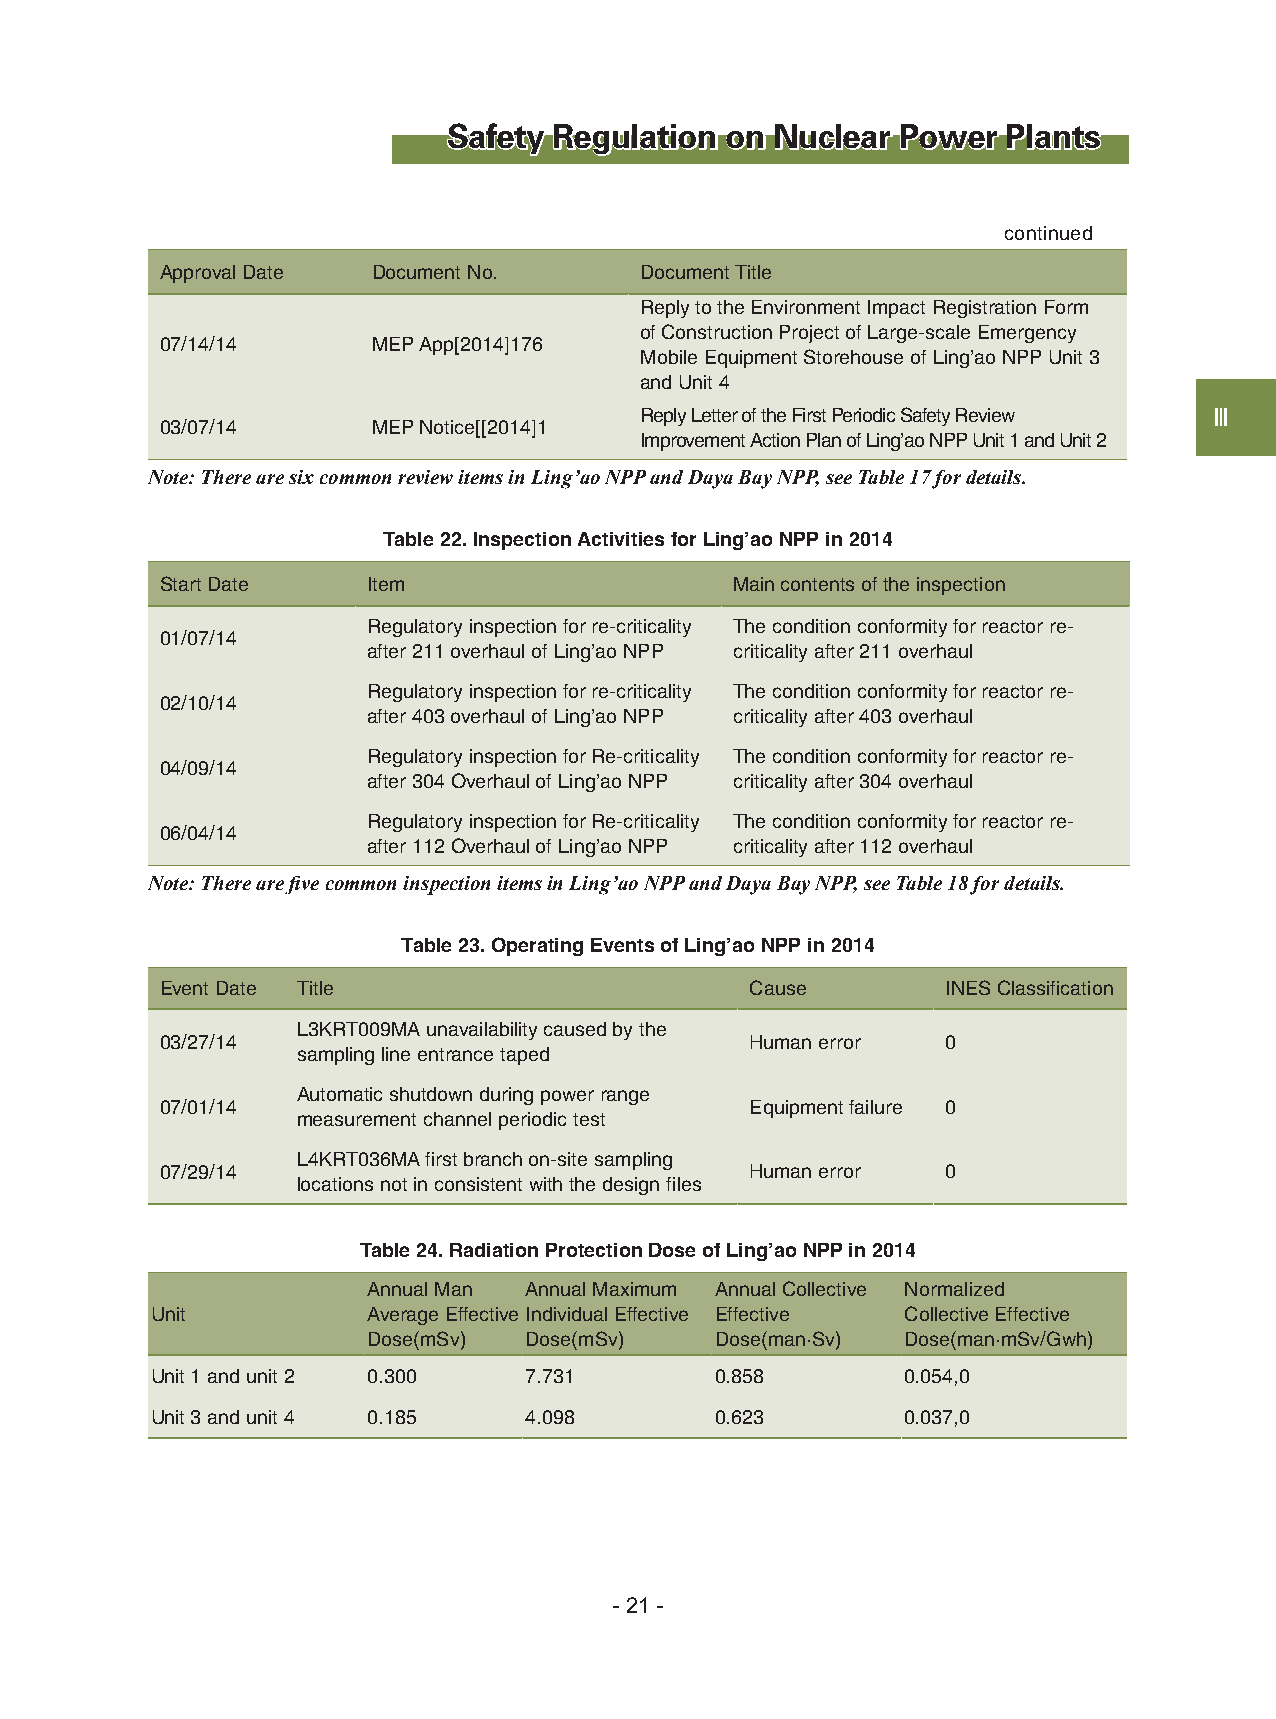
Safety Regulation on Nuclear  Power  Plants
 continued
 Approval Date Document No.     Document Title
 Reply to the Environment Impact Registration Form
 of Construction Project of Large-scale Emergency
 07/14/14      MEP App[2014]176
 Mobile Equipment Storehouse of Ling’ao NPP Unit 3
 and Unit 4
 Reply Letter of the First Periodic Safety Review Ⅲ
 03/07/14      MEP Notice[[2014]1
 Improvement Action Plan of Ling’ao NPP Unit 1 and Unit 2
 Note: There are six common review items in Ling’ao NPP and Daya Bay NPP, see Table 17 for details.
 Table 22. Inspection Activities for Ling’ao NPP in 2014
 Start Date   Item                     Main contents of the inspection
 Regulatory inspection for re-criticality The condition conformity for reactor re-
 01/07/14
 after 211 overhaul of Ling’ao NPP criticality after 211 overhaul
 Regulatory inspection for re-criticality The condition conformity for reactor re-
 02/10/14
 after 403 overhaul of Ling’ao NPP criticality after 403 overhaul
 Regulatory inspection for Re-criticality The condition conformity for reactor re-
 04/09/14
 after 304 Overhaul of Ling’ao NPP criticality after 304 overhaul
 Regulatory inspection for Re-criticality The condition conformity for reactor re-
 06/04/14
 after 112 Overhaul of Ling’ao NPP criticality after 112 overhaul
 Note: There are five common inspection items in Ling’ao NPP and Daya Bay NPP, see Table 18 for details.
 Table 23. Operating Events of Ling’ao NPP in 2014
 Event Date Title                       Cause        INES Classification
 L3KRT009MA unavailability caused by the
 03/27/14                               Human error  0
 sampling line entrance taped
 Automatic shutdown during power range
 07/01/14                               Equipment failure 0
 measurement channel periodic test
 L4KRT036MA first branch on-site sampling
 07/29/14                               Human error  0
 locations not in consistent with the design files
 Table 24. Radiation Protection Dose of Ling’ao NPP in 2014
 Annual Man Annual Maximum Annual Collective Normalized
 Unit          Average Effective Individual Effective Effective Collective Effective
 Dose(mSv)  Dose(mSv)   Dose(man·Sv) Dose(man·mSv/Gwh)
 Unit 1 and unit 2 0.300  7.731       0.858        0.054,0
 Unit 3 and unit 4 0.185  4.098       0.623        0.037,0
 - 21 -